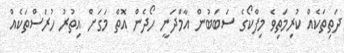
ދަތިތަކެއް ކުރިމަތިވެ މިފްކޯގެ ސަބަބުން އާމްދަނީ ހޯދެން އޮތް މަގަށް އިތުރު ހުރަސްތަކެއް